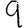
Digit: 9